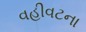
વહીવટના